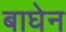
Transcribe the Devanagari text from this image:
बाघेन